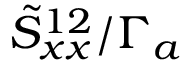
\tilde { S } _ { x x } ^ { 1 2 } / \Gamma _ { a }